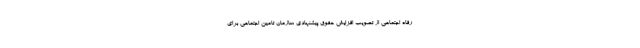
رفاه اجتماعی از تصویب افزایش حقوق پیشنهادی سازمان تامین اجتماعی برای